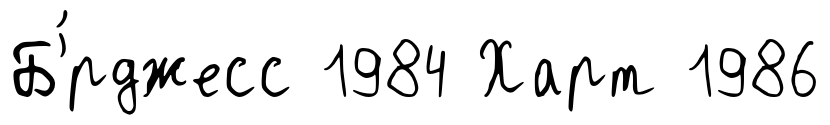
Б'́рджесс 1984 Харт 1986